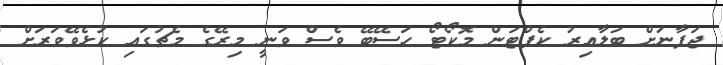
ޖަޕާނަށް ބަލާއިރު ކެޕްޓަން މޮކޯޓޯ ހަސޭބޭ ވެސް ވަނީ މިރޭގެ މެޗުގައި ކުޅެވޭވަރަށް